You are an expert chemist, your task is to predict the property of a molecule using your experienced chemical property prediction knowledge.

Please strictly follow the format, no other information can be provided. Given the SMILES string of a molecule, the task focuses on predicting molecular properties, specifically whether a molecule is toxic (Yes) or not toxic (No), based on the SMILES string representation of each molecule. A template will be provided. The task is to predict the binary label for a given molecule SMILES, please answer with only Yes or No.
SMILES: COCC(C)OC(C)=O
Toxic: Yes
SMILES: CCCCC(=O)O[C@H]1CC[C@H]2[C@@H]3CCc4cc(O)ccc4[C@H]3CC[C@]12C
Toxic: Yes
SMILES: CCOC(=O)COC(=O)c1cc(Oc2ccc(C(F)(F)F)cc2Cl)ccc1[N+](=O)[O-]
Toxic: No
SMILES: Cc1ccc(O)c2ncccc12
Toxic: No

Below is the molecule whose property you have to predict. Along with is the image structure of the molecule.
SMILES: Cc1ccc(C(C)C)cc1
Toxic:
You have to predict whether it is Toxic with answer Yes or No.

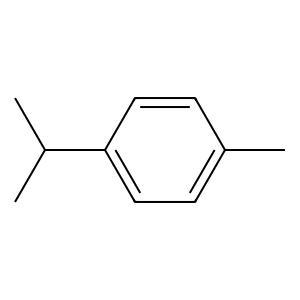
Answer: No